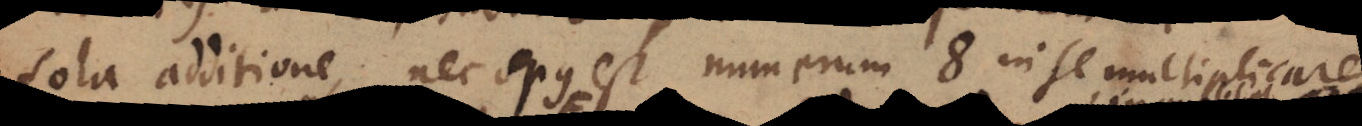
sola additione, nec opus est numerum 8 in se multiplicare